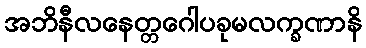
အဘိနီလနေတ္တဂေါပခုမလက္ခဏာနိ